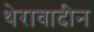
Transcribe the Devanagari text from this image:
थेरावादीन